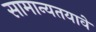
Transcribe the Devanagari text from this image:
सामान्यतयावे